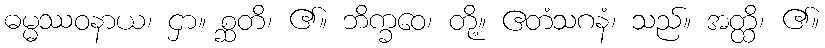
ဓမ္မဿဝနာယ၊ ငှာ။ စ္ဆတိ၊ ၏။ ဘိက္ခဝေ၊ တို့။ ဧတံသဂနံ၊ သည်။ အတ္ထိ၊ ၏။